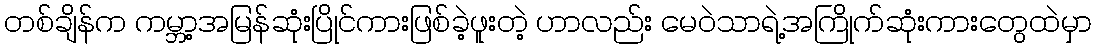
တစ်ချိန်က ကမ္ဘာ့အမြန်ဆုံးပြိုင်ကားဖြစ်ခဲ့ဖူးတဲ့ ဟာလည်း မေဝဲသာရဲ့အကြိုက်ဆုံးကားတွေထဲမှာ